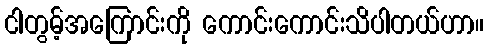
ငါတွမ့်အကြောင်းကို ကောင်းကောင်းသိပါတယ်ဟာ။